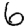
Digit: 6